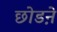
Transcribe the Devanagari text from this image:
छोडऩे